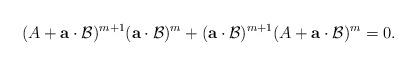
LaTeX: \begin{align*} (A+ \mathbf{a} \cdot \mathcal{B})^{m+1} (\mathbf{a} \cdot \mathcal{B})^{m} + (\mathbf{a} \cdot \mathcal{B})^{m+1} (A+ \mathbf{a} \cdot \mathcal{B})^{m} = 0. \end{align*}